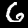
Label: 6